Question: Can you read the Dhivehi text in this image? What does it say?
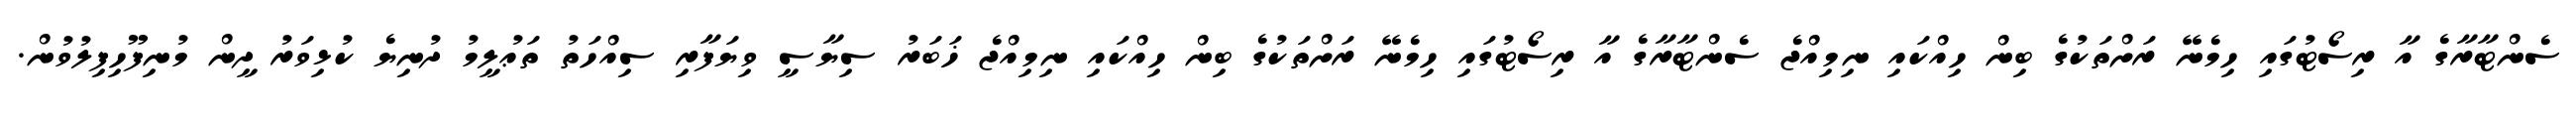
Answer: ސެންޓާރާގެ އާ ރިސޯޓުގައި ހިމެނޭ ރަށްތަކުގެ ބިން ހިއްކައި ނިމިއްޖެ ސެންޓާރާގެ އާ ރިސޯޓުގައި ހިމެނޭ ރަށްތަކުގެ ބިން ހިއްކައި ނިމިއްޖެ ޚަބަރު ސިޔާސީ ވިޔަފާރި ސިއްހަތު ތަޢުލީމު ދުނިޔެ ކުޅިވަރު ދީން މުނިފޫހިފިލުވުން.